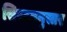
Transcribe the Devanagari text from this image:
सिस्टमनुसार